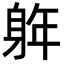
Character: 𮜵